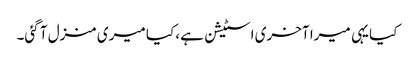
کیا یہی میرا آخری اسٹیشن ہے، کیا میری منزل آ گئی۔